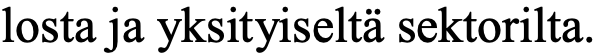
losta ja yksityiseltä sektorilta.